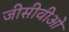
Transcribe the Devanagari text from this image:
जीसीवीओ